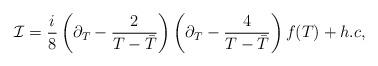
LaTeX: \begin{align*}{\cal I} = \frac{i}{8} \left( \partial_T - \frac{2}{T -{\bar T}} \right)\left( \partial_T - \frac{4}{T -{\bar T}}\right) f(T) + h.c, \end{align*}